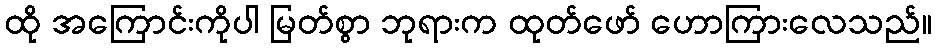
ထို အကြောင်းကိုပါ မြတ်စွာ ဘုရားက ထုတ်ဖော် ဟောကြားလေသည်။